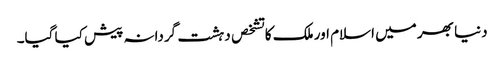
دنیا بھر میں اسلام اور ملک کا تشخص دہشت گردانہ پیش کیا گیا۔